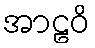
အာဠဝိ